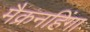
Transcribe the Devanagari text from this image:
मैक्रनहिंगा